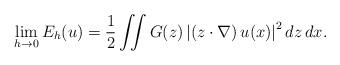
LaTeX: \begin{align*}\lim_{h\to0} E_h(u) =\frac12 \iint G(z) \left|\left(z\cdot \nabla \right) u(x)\right|^2 dz\,dx.\end{align*}